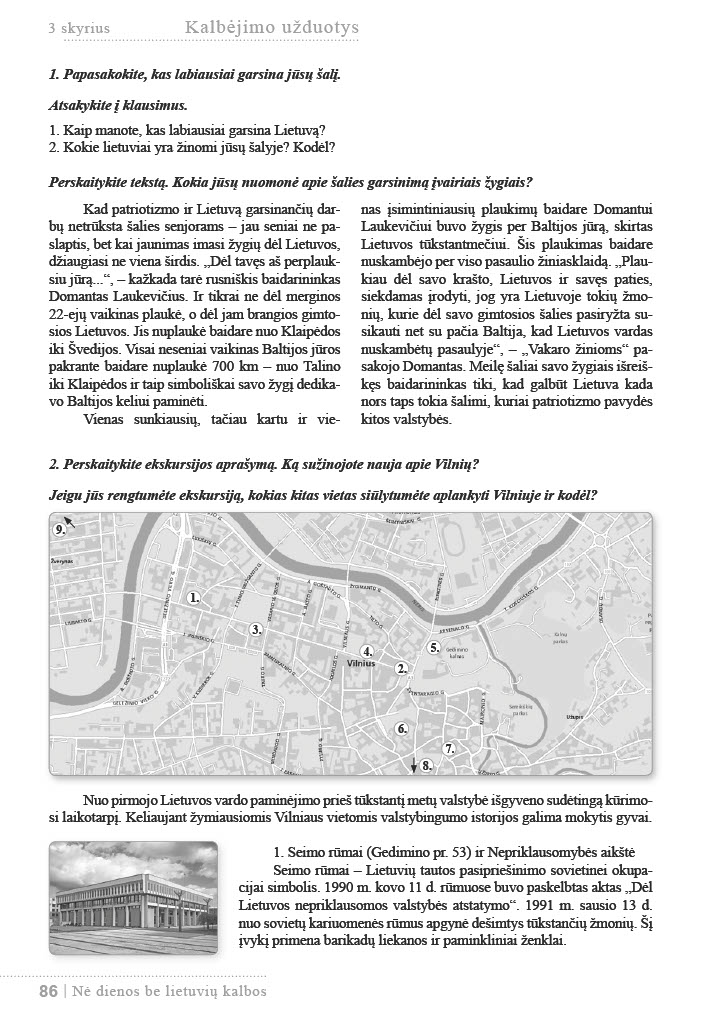
Language: lt